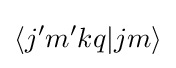
\langle j'm'kq|jm\rangle